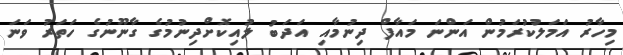
މިހާރު އަމަލުކުރަމުން އަންނަ މައާފް ދިނުމާއި އަދަބު ލުއިކޮށްދިނުމުގެ ގާނޫނުގެ ހަތަރު ވަނަ